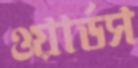
ওয়ার্ডস